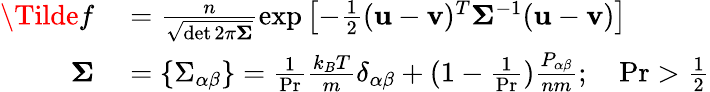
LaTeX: \begin{array}{rl}{\Tilde{f}}&{{}=\frac{n}{\sqrt{\operatorname*{det}2\pi\boldsymbol{\Sigma}}}\exp\left[-\frac{1}{2}(\mathbf{u}-\mathbf{v})^{T}\boldsymbol{\Sigma}^{-1}(\mathbf{u}-\mathbf{v})\right]}\\ {\boldsymbol{\Sigma}}&{{}=\{ \Sigma_{\alpha\beta}\} =\frac{1}{\operatorname*{Pr}}\frac{k_{B}T}{m}\delta_{\alpha\beta}+(1-\frac{1}{\operatorname*{Pr}})\frac{P_{\alpha\beta}}{nm};\quad\operatorname*{Pr}>\frac{1}{2}}\end{array}